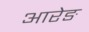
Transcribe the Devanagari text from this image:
आरेङ